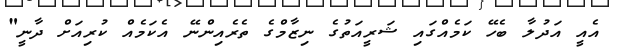
އެއީ އަދުލާ ބެހޭ ކަމެއްގައި ޝަރީއަތުގެ ނިޒާމްގެ ތެރެއިންނޭ އެކަމެއް ކުރިއަށް ދާނީ"